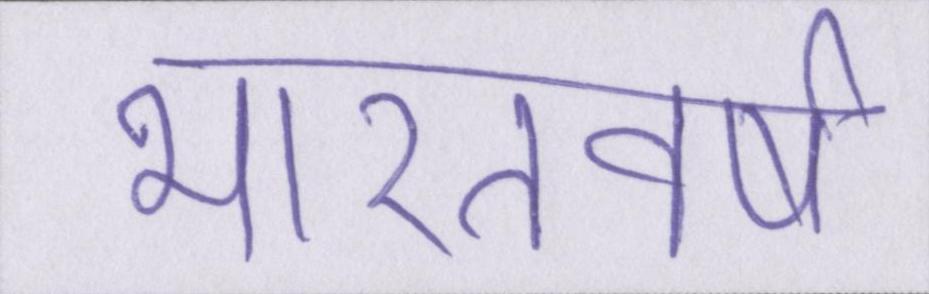
भारतवर्ष